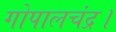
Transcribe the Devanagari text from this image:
गोपालचंद्र।